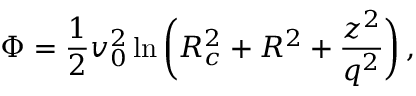
\Phi = \frac { 1 } { 2 } v _ { 0 } ^ { 2 } \ln \bigg ( R _ { c } ^ { 2 } + R ^ { 2 } + \frac { z ^ { 2 } } { q ^ { 2 } } \bigg ) \, ,